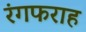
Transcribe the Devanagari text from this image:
रंगफराह